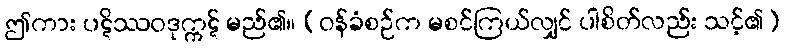
ဤကား ပဋိဿဝဒုက္ကဋ် မည်၏။ (ဝန်ခံစဉ်က မစင်ကြယ်လျှင် ပါစိတ်လည်း သင့်၏)